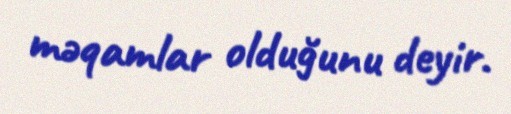
məqamlar olduğunu deyir.